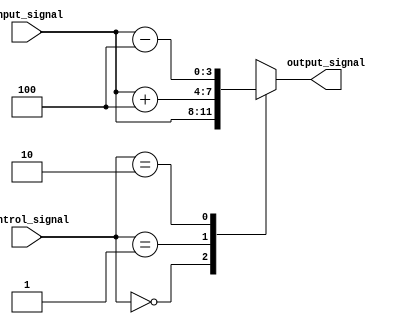
module voltage_level_shifter (
    input wire [3:0] input_signal,
    input wire [1:0] control_signal,
    output reg [3:0] output_signal
);

always @ (input_signal, control_signal)
begin
    case (control_signal)
        2'b00: output_signal = input_signal; // No level shifting, pass through input signal
        2'b01: output_signal = input_signal + 4; // Voltage level shift by adding 4 units
        2'b10: output_signal = input_signal - 4; // Voltage level shift by subtracting 4 units
        default: output_signal = 4'bxxxx; // Output unknown for invalid control signal
    endcase
end

endmodule